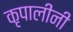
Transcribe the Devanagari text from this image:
कृपालीनी